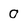
Character: 0